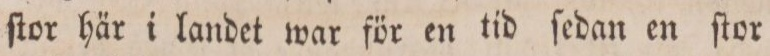
ſtor här i landet war för en tid ſedan en ſtor